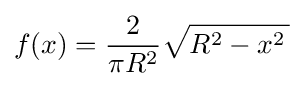
f(x)={2 \over \pi R^{2}}{\sqrt {R^{2}-x^{2}\,}}